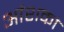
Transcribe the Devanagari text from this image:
आंशकां